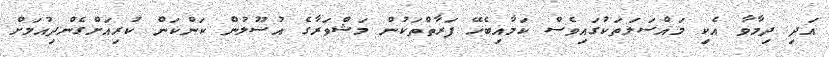
އަދި ދިމާވާ އެކި މައްސަލަތަކުގައިވެސް ކަމާއިބެހޭ ފަރާތްތަކުން މަޝްވަރާގެ އުސޫލުން ކަންކަން ކުރިއަށްގެންދިއުމަށް